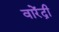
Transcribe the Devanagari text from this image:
वारेंद्री